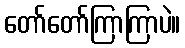
တော်တော်ကြာကြာပဲ။